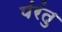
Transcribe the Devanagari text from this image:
पंरंतु